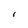
Character: l